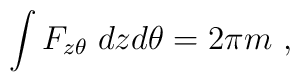
\int F_{z\theta}\;dzd\theta =2\pi m\ ,